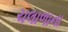
ચલાળાના